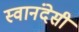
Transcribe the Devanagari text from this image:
स्वानंदेसी